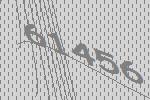
61456